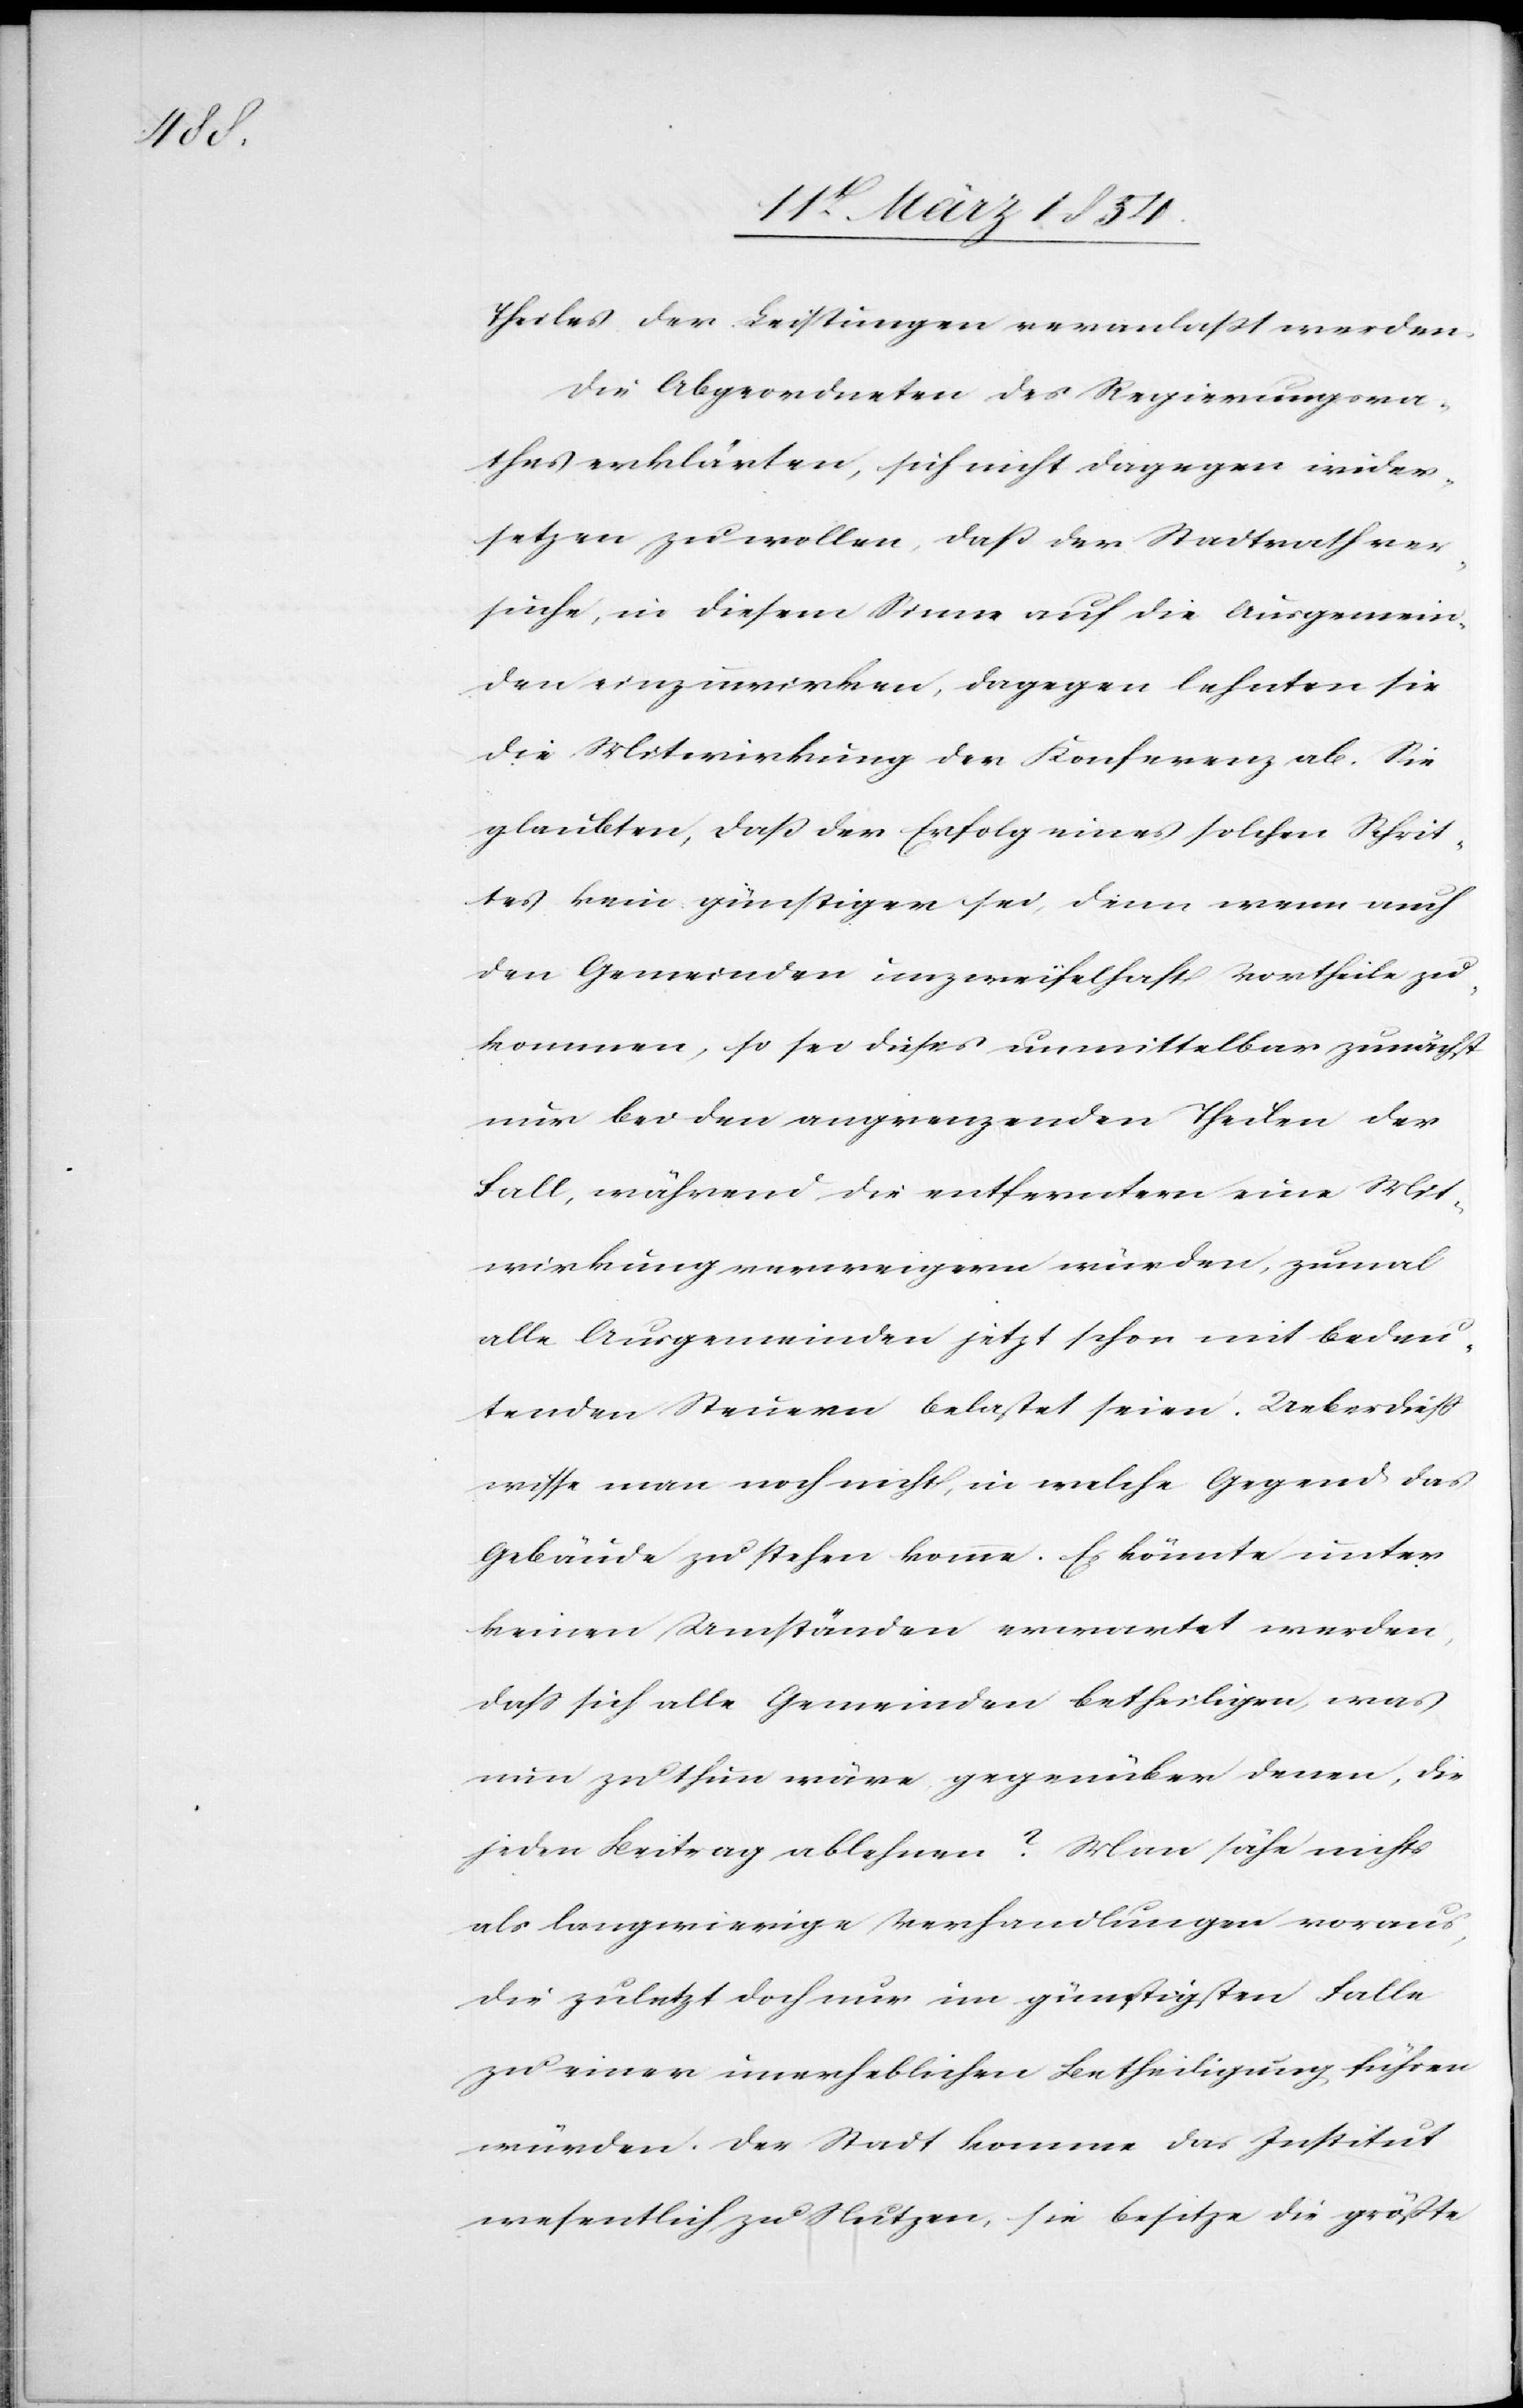
Theiles der Leistungen veranlaßt werden.
Die Abgeordneten des Regierungsra¬
thes erklärten, sich nicht dagegen wider¬
setzen zu wollen, daß der Stadtrath ver¬
suche, in diesem Sinne auf die Ausgemein¬
den einzuwirken, dagegen lehnten sie
die Mitwirkung der Konferenz ab. Sie
glaubten, daß der Erfolg eines solchen Schrit¬
tes kein günstiger sei, denn wenn auch
den Gemeinden unzweifelhaft Vortheile zu¬
kommen, so sei diese unmittelbar zunächst
nur bei den angrenzenden Theilen der
Fall, während die entferntern eine Mit¬
wirkung verweigern würden, zumal
alle Ausgemeinden jetzt schon mit bedeu¬
tenden Steuern belastet seien. Ueberdieß
wisse man noch nicht, in welche Gegend das
Gebäude zu stehen komme. Es könnte unter
keinen Umständen erwartet werden,
daß sich alle Gemeinden betheiligen, was
nun zu thun wäre gegenüber denen, die
jeden Beitrag ablehnen? Man sähe nichts
als langwierige Verhandlungen voraus,
die zuletzt doch nur im günstigen Falle
zu einer unerheblichen Betheiligung führen
würden. Der Stadt komme das Institut
wesentlich zu Nutzen, sie besitze die größte